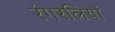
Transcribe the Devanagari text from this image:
रंगरलियों